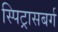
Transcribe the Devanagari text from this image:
स्पिट्रासबर्ग